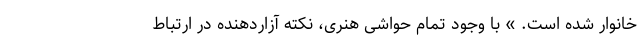
خانوار شده است. » با وجود تمام حواشی هنری، نکته آزاردهنده در ارتباط